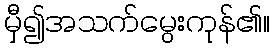
မှီ၍အသက်မွေးကုန်၏။